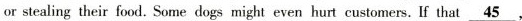
or stealing their food.Some dogs might even hurt customers.If that \underline{45},